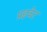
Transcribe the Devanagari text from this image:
प्रइवेट